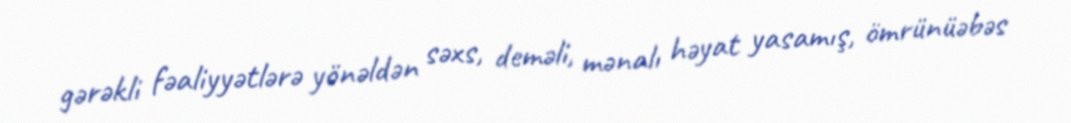
gərəkli fəaliyyətlərə yönəldən səxs, deməli, mənalı həyat yasamış, ömrünüəbəs